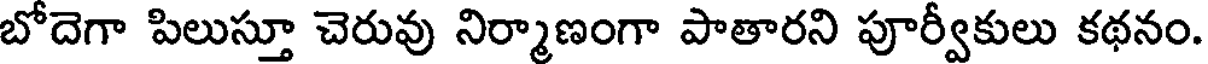
బోదెగా పిలుస్తూ చెరువు నిర్మాణంగా పాతారని పూర్వీకులు కథనం.